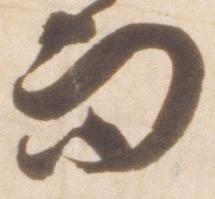
而